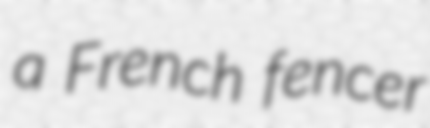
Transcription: a French fencer